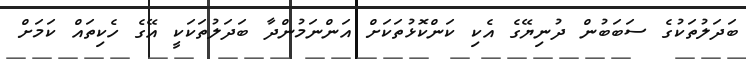
ބަދަލުތަކުގެ ސަބަބުން ދުނިޔޭގެ އެކި ކަންކޮޅުތަކަށް އަންނަމުންދާ ބަދަލުތަކަކީ އޭގެ ހެކިތައް ކަމަށް